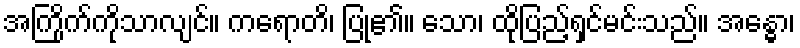
အကြိုက်ကိုသာလျင်။ ကရောတိ၊ ပြု၏။ သော၊ ထိုပြည့်ရှင်မင်းသည်။ အန္ဓော၊